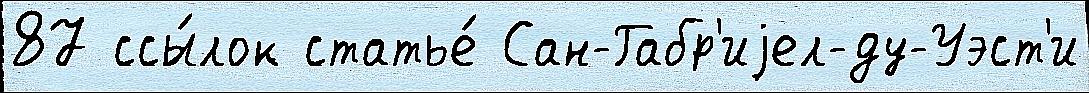
87 ссы́лок статье́ Сан-Габр'иjел-ду-Уэст'и